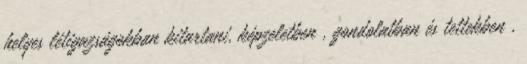
helyes létigazságokban kitartani, képzeletben , gondolatban és tettekben ,